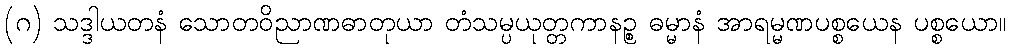
(ဂ) သဒ္ဒါယတနံ သောတဝိညာဏဓာတုယာ တံသမ္ပယုတ္တကာနဉ္စ ဓမ္မာနံ အာရမ္မဏပစ္စယေန ပစ္စယော။